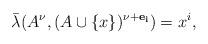
LaTeX: \begin{align*}\bar\lambda(A^{\nu},(A\cup \{x\})^{\nu+\mathbf{e_i}})=x^i, \end{align*}